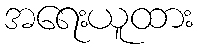
အရေးယူထား